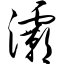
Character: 灞